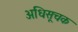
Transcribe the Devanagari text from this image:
अधिसूचक